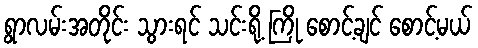
ရွာလမ်းအတိုင်း သွားရင် သင်းရို့ ကြို စောင့်ချင် စောင့်မယ်